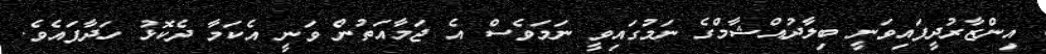
އިންޒާރުދީފައިވަނީ ބިލާދުއްޝާމްގެ ނަމުގައިވީ ނަމަވެސް އެ ޖަމާއަތުން ވަނީ އެކަމާ ދެކޮޅު ހަދާފައެވެ.